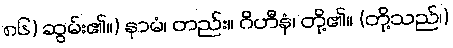
၈၆) ဆွမ်း၏။) နာမံ၊ တည်း။ ဂိဟီနံ၊ တို့၏။ (တို့သည်၊)